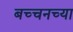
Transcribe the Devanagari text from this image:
बच्चनच्या